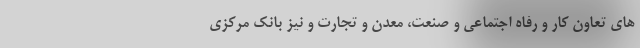
های تعاون کار و رفاه اجتماعی و صنعت، معدن و تجارت و نیز بانک مرکزی